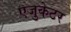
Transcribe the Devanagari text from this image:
एजुकेटर